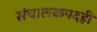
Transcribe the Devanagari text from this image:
संचालकपदही